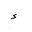
Letter: _hamza